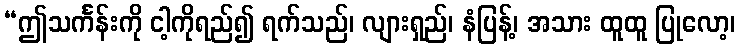
“ဤသင်္ကန်းကို ငါ့ကိုရည်၍ ရက်သည်၊ လျားရှည်၊ နံပြန့်၊ အသား ထူထူ ပြုလော့၊